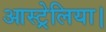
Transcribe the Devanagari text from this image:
आस्ट्रेलिया।